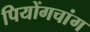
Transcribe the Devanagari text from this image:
पियोंगचांग